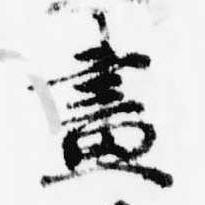
画